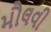
મૌલવી